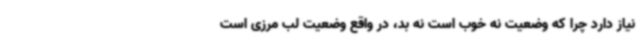
نیاز دارد چرا که وضعیت نه خوب است نه بد، در واقع وضعیت لب مرزی است